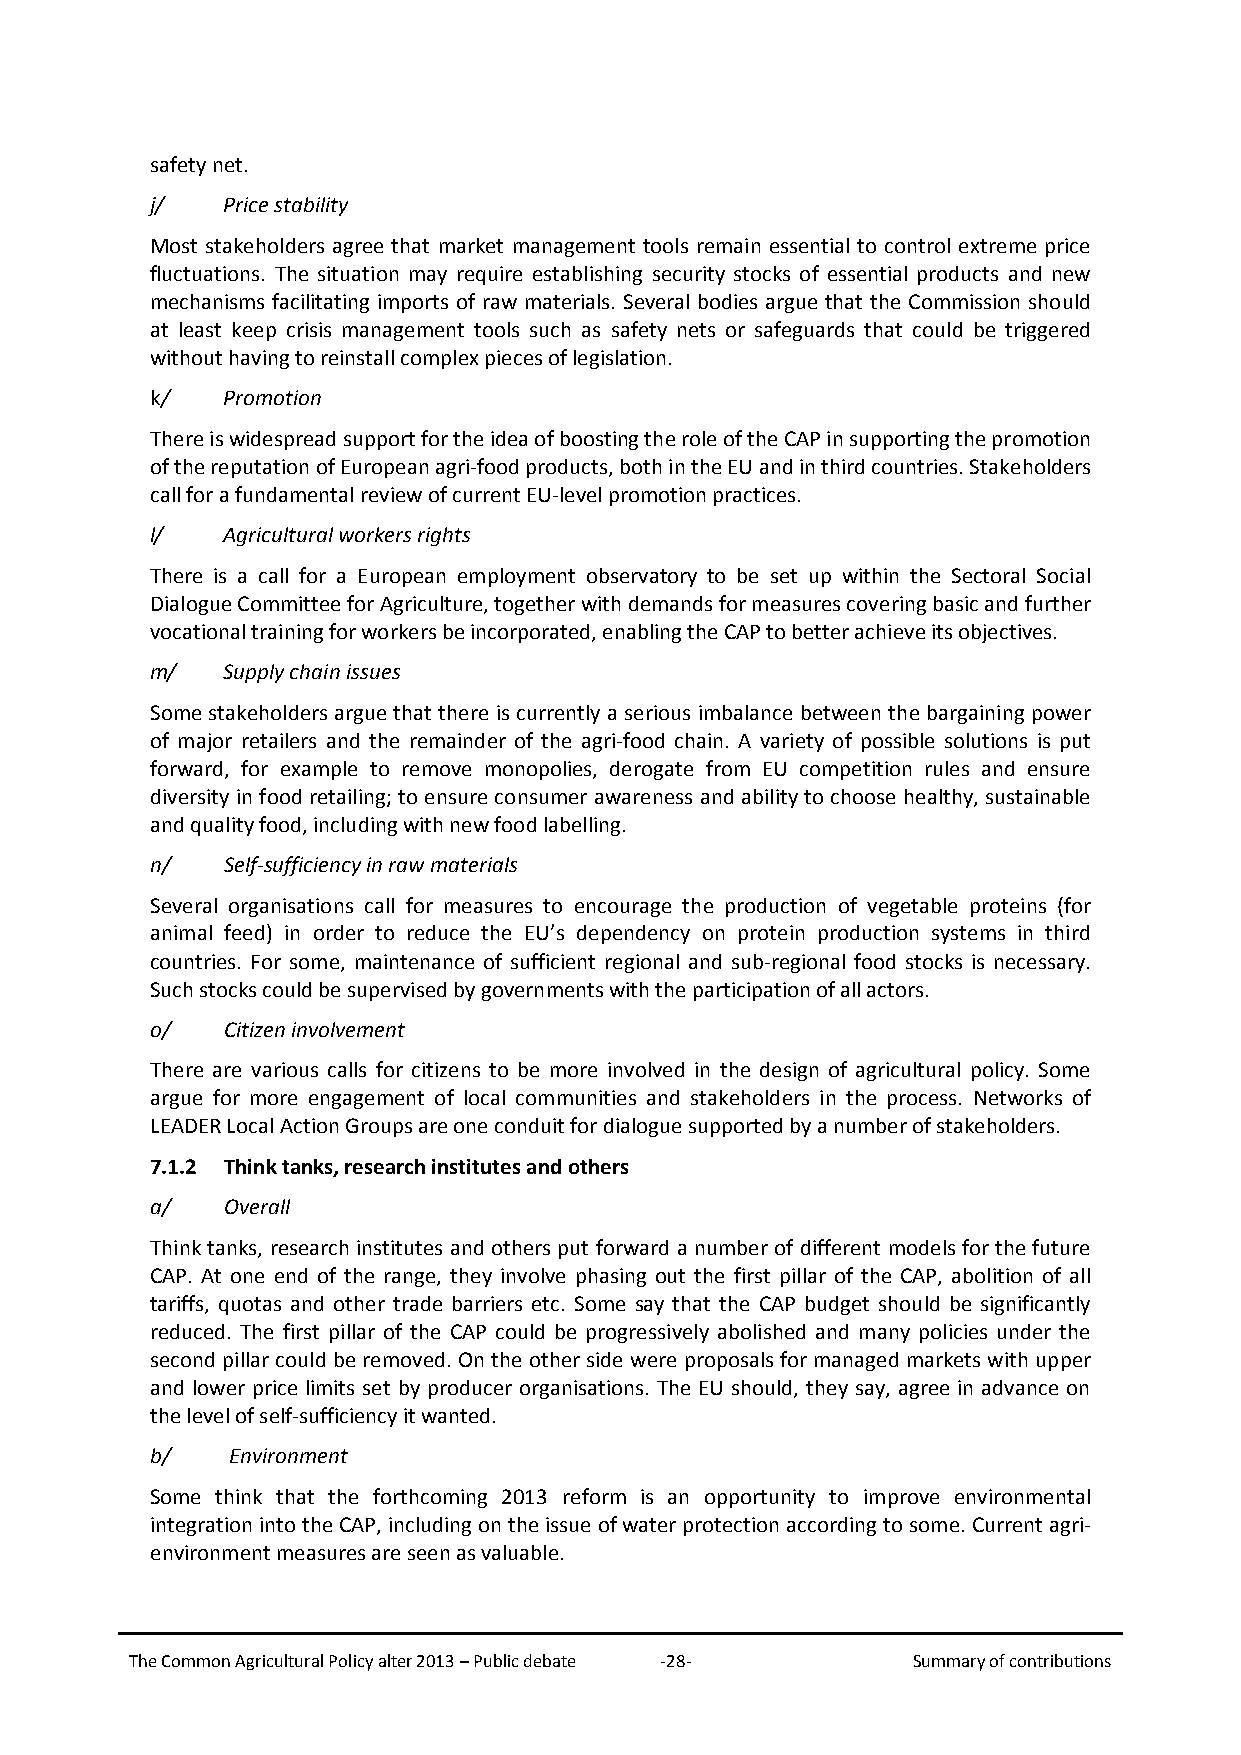
safety net.
 j/   Price stability
 Most stakeholders agree that market management tools remain essential to control extreme price
 fluctuations. The situation may require establishing security stocks of essential products and new
 mechanisms facilitating imports of raw materials. Several bodies argue that the Commission should
 at least keep crisis management tools such as safety nets or safeguards that could be triggered
 without having to reinstall complex pieces of legislation.
 k/   Promotion
 There is widespread support for the idea of boosting the role of the CAP in supporting the promotion
 of the reputation of European agri-food products, both in the EU and in third countries. Stakeholders
 call for a fundamental review of current EU-level promotion practices.
 l/   Agricultural workers rights
 There is a call for a European employment observatory to be set up within the Sectoral Social
 Dialogue Committee for Agriculture, together with demands for measures covering basic and further
 vocational training for workers be incorporated, enabling the CAP to better achieve its objectives.
 m/   Supply chain issues
 Some stakeholders argue that there is currently a serious imbalance between the bargaining power
 of major retailers and the remainder of the agri-food chain. A variety of possible solutions is put
 forward, for example to remove monopolies, derogate from EU competition rules and ensure
 diversity in food retailing; to ensure consumer awareness and ability to choose healthy, sustainable
 and quality food, including with new food labelling.
 n/   Self-sufficiency in raw materials
 Several organisations call for measures to encourage the production of vegetable proteins (for
 animal feed) in order to reduce the EU’s dependency on protein production systems in third
 countries. For some, maintenance of sufficient regional and sub-regional food stocks is necessary.
 Such stocks could be supervised by governments with the participation of all actors.
 o/   Citizen involvement
 There are various calls for citizens to be more involved in the design of agricultural policy. Some
 argue for more engagement of local communities and stakeholders in the process. Networks of
 LEADER Local Action Groups are one conduit for dialogue supported by a number of stakeholders.
 7.1.2 Think tanks, research institutes and others
 a/   Overall
 Think tanks, research institutes and others put forward a number of different models for the future
 CAP. At one end of the range, they involve phasing out the first pillar of the CAP, abolition of all
 tariffs, quotas and other trade barriers etc. Some say that the CAP budget should be significantly
 reduced. The first pillar of the CAP could be progressively abolished and many policies under the
 second pillar could be removed. On the other side were proposals for managed markets with upper
 and lower price limits set by producer organisations. The EU should, they say, agree in advance on
 the level of self-sufficiency it wanted.
 b/   Environment
 Some think that the forthcoming 2013 reform is an opportunity to improve environmental
 integration into the CAP, including on the issue of water protection according to some. Current agri-
 environment measures are seen as valuable.
 The Common Agricultural Policy alter 2013 – Public debate -28- Summary of contributions